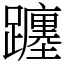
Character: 躔